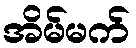
အိမ်မက်